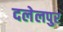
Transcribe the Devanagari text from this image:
दलेलपुर